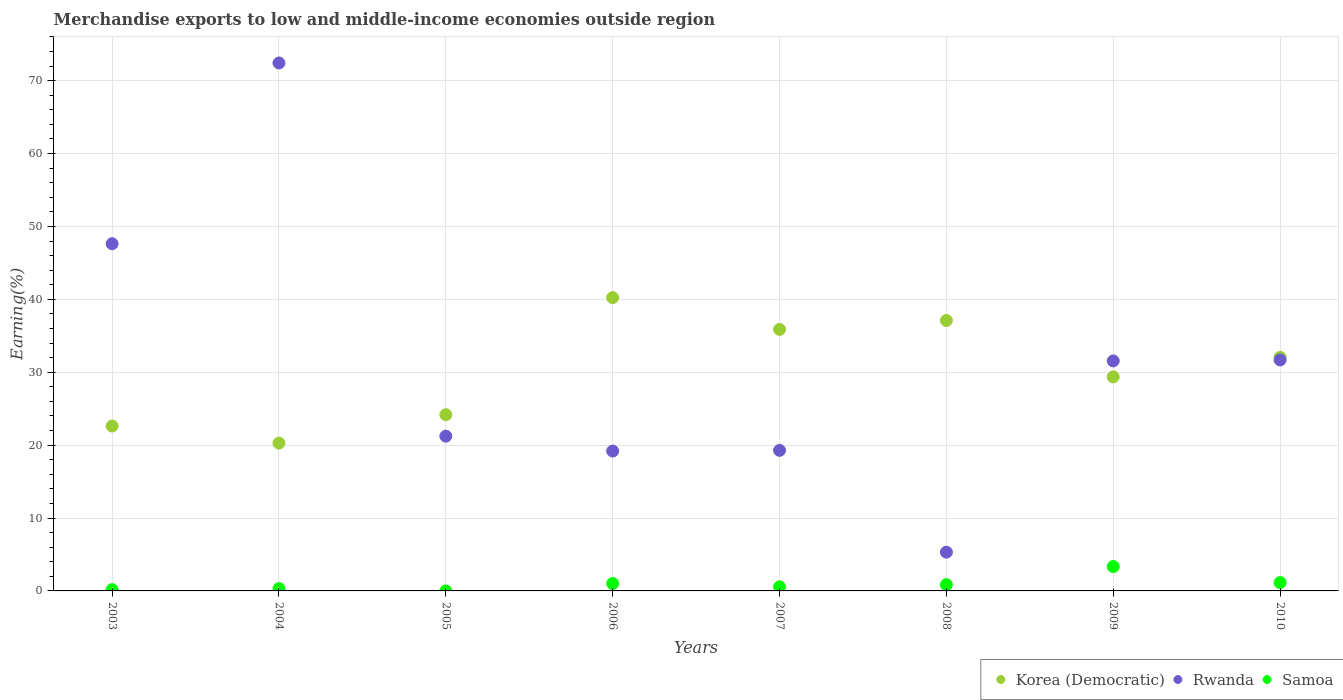
| Years | Korea (Democratic) | Rwanda | Samoa |
 | --- | --- | --- | --- |
 | 2003 | 22.6 | 47.6 | 0.176 |
 | 2004 | 20.3 | 72.4 | 0.313 |
 | 2005 | 24.2 | 21.2 | 4.29e-06 |
 | 2006 | 40.2 | 19.2 | 1.01 |
 | 2007 | 35.9 | 19.3 | 0.566 |
 | 2008 | 37.1 | 5.32 | 0.856 |
 | 2009 | 29.4 | 31.6 | 3.35 |
 | 2010 | 32.1 | 31.7 | 1.14 |